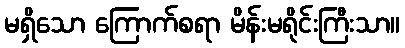
မရှိသော ကြောက်စရာ မိန်းမရိုင်းကြီးသာ။